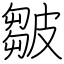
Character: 皺